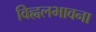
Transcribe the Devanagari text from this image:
विह्वलभावना